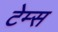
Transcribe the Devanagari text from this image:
टेम्‍स